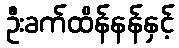
ဦးခက်ထိန်နန်နှင့်